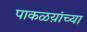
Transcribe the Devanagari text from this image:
पाकळय़ांच्या